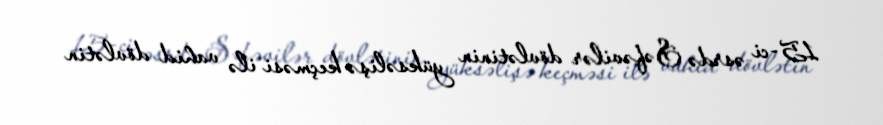
15-ci əsrdə Səfəvilər dövlətinin yüksəlişə keçməsi ilə vahid dövlətin